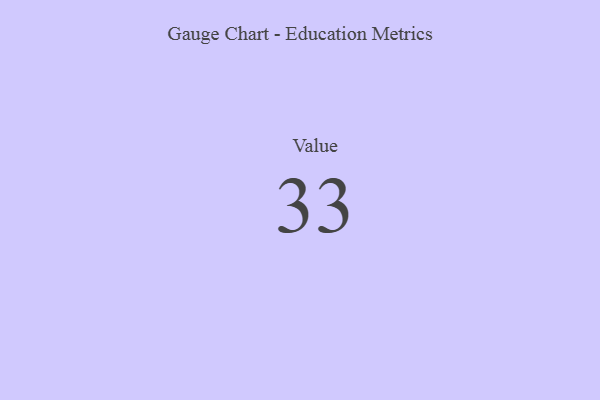
{"axis": {"x": "Metric", "y": "Value"}, "legend": [""], "data": [{"x": "Value", "y": 33, "type": ""}]}